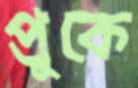
প্রুকে